Tartu_pedagoogiumi_aruanded, lk 12
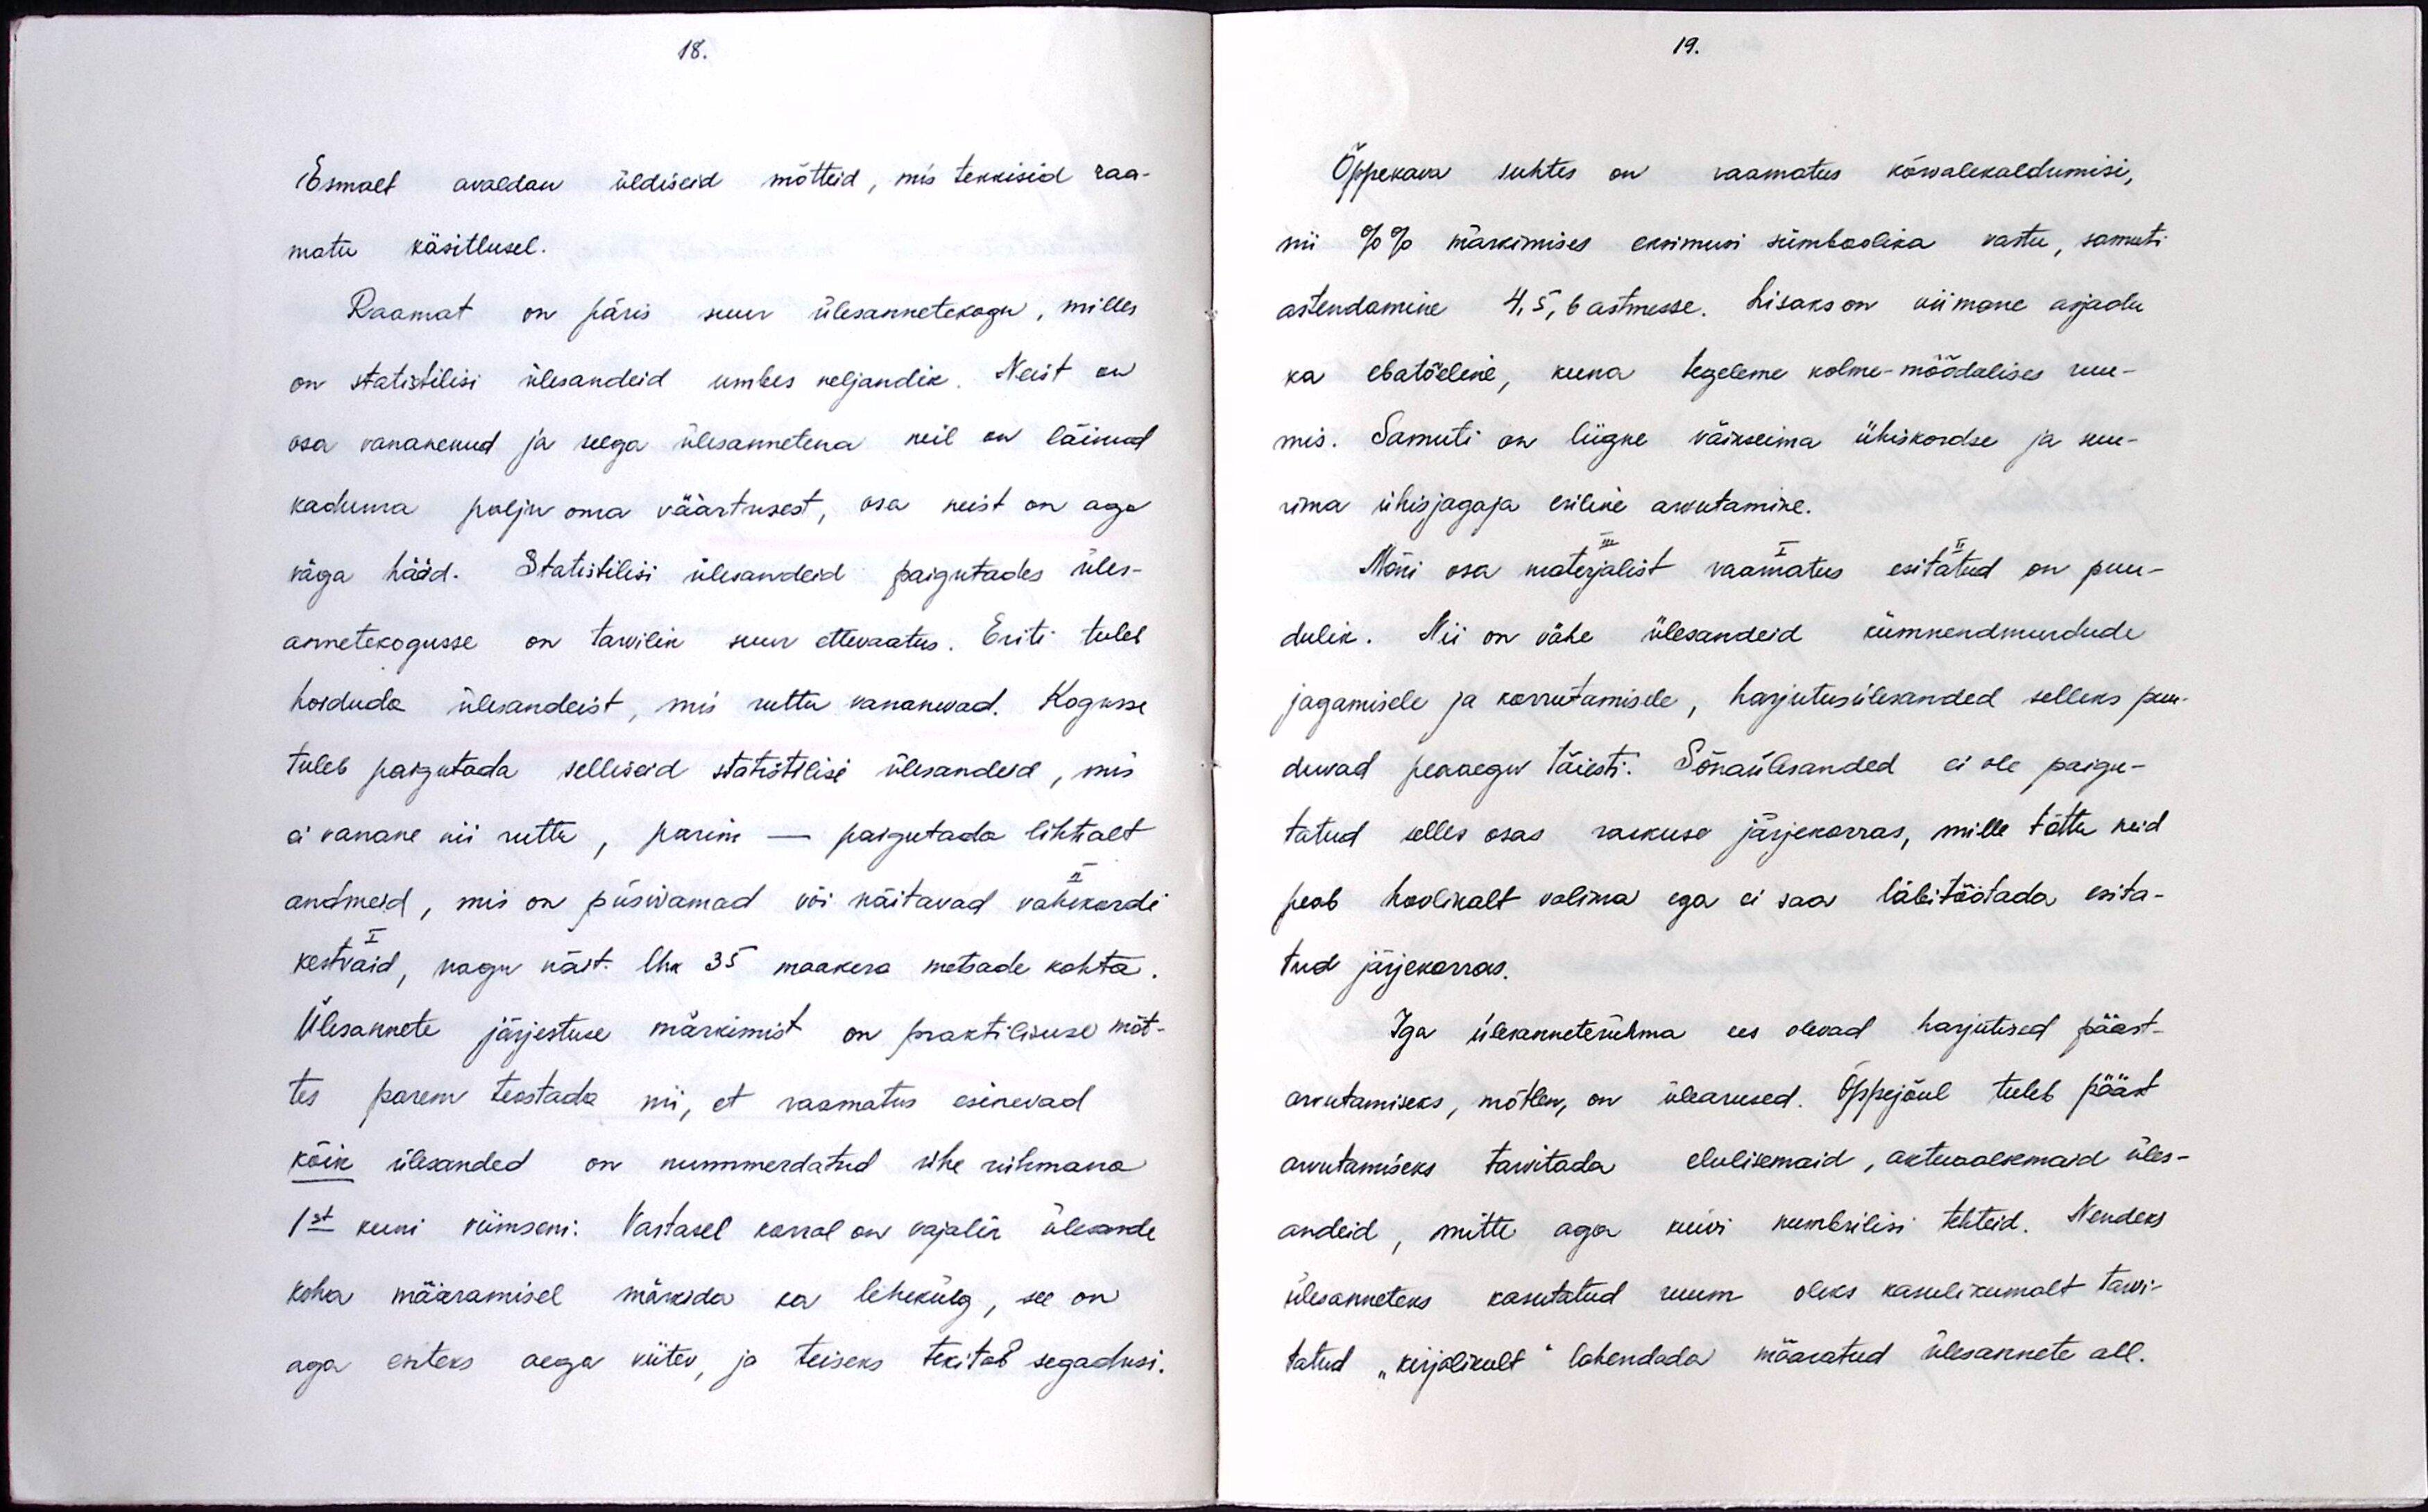
18.

Esmalt avaldan üldiseid mõtteid, mis tekkisid raa-
matu käsitlusel.
Raamat on päris suur ülesannetekogu, milles
on statistilisi ülesandeid umbes neljandik. Neist on
osa vananenud ja seega ülesannetena neil on läinud
kaduma palju oma väärtusest, osa neist on aga
väga hääd. Statistilisi ülesandeid paigutades üle-
annetekogusse on tarvilik suur ettevaatus. Eriti tuleb
hoiduda ülesandeist, mis ruttu vananevad. Kogusse
tuleb paigutada selliseid statistlise ülesanded, mis
ei vanane nii rutte, parim - paigutada lihtsalt
andmeid, mis on püsivamad või näitavad vahekordi
kestvaid, nagu näit. lhk 35 maakera metsade kohta.
Ülesannete järjestuse märkimist on praktilisuse mõt-
tes parem teostada nii, et raamatus esinevad
kõik ülesanded on nummerdatud ühe rühmana
1st kuni viimseni. Vastasel korral on vajalik ülesande
koha määramisel märkida ka lehekülg, see on
aga esiteks aega viitev, ja teiseks tekitab segadusi.

19.

Õppekava suhtes on raamatus kõrvalekaldumisi,
nii %% märkimises eksimusi sümboolika vastu, samuti
astendamine 4, 5, 6 astmesse. Lisaks on viimane asjaolu
ka ebatõeline, kuna tegeleme kolme-mõõdalises ruu-
mis. Samuti on liigne väikseima ühiskordse ja suu-
rima ühisjagaja esiline arvutamine.
Mõni osa materjalist raamatus esitatud on puu-
dulik. Nii on vähe ülesandeid kümnendmurdude
jagamisele ja korrutamisede, harjutusülesanded selleks puu-
duvad peaaegu täiesti. Sõnaülesanded ei ole paigu-
tatud selles osas raskuse järjekorras, mille tõttu neid
peab hoolikalt valima ega ei saa läbitöötada esita-
tud järjekorras.
Iga ülesanneterühma ees olevad harjutused pääst-
arvutamiseks, mõtlen, on ülearused. Õppejõul tuleb pääst
avutamiseks tarvitada elulisemaid, aktuaalsemaid üles-
andeid, mitte aga kuivi numbrilisi tehteid. Nendeks
ülesanneteks kasutatud ruum oleks kasulikumalt tarvi-
tatud "kirjalikult" lahendada määratud ülesannete all.